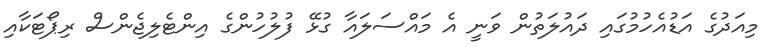
މިއަދުގެ އަޑުއެހުމުގައި ދައުލަތުން ވަނީ އެ މައްސަލައާ ގުޅޭ ފުލުހުންގެ އިންޓެލިޖެންސް ރިޕޯޓަކާއި